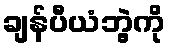
ချန်ပီယံဘွဲ့ကို